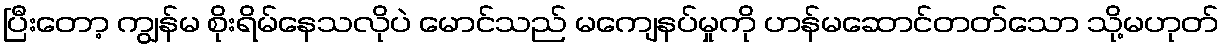
ပြီးတော့ ကျွန်မ စိုးရိမ်နေသလိုပဲ မောင်သည် မကျေနပ်မှုကို ဟန်မဆောင်တတ်သော သို့မဟုတ်